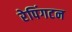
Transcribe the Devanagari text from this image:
रेपिंगटन